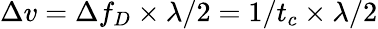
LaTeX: \Delta v=\Delta f_{D}\times\lambda/2=1/t_{c}\times\lambda/2